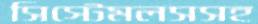
সিস্টেমলসসহ